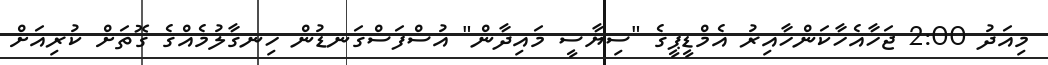
މިއަދު 2:00 ޖަހާއެހާކަންހާއިރު އެމްޑީޕީގެ "ސިޔާސީ މައިދާން" އުސްފަސްގަނޑުން ހިނގާލުމެއްގެ ގޮތަށް ކުރިއަށް